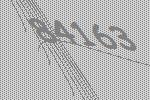
84163